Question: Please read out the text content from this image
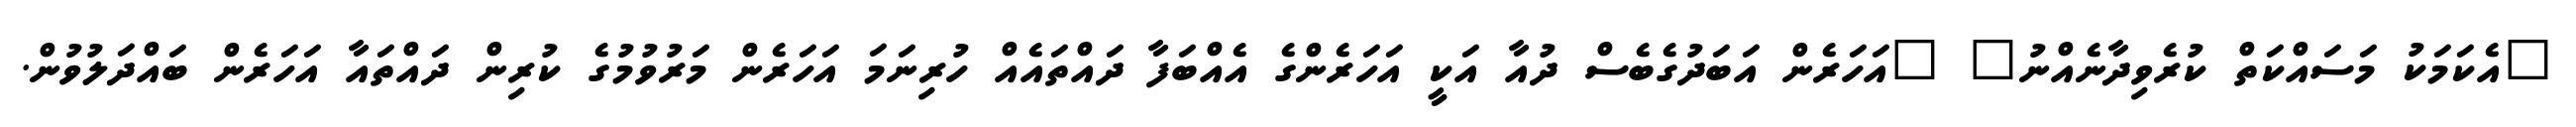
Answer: "އެކަމަކު މަސައްކަތް ކުރެވިދާނެއްނު" "އަހަރެން އަބަދުގެބެސް ދުއާ އަކީ އަހަރެންގެ އެއްބަފާ ދައްތައެއް ހުރިނަމަ އަހަރެން މަރުވުމުގެ ކުރިން ދައްތައާ އަހަރެން ބައްދަލުވުން.